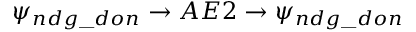
\psi _ { n d g \_ d o n } \rightarrow A E 2 \rightarrow \psi _ { n d g \_ d o n }